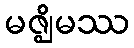
မဇ္ဈိမဿ